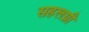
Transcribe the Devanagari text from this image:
सहलग्नी